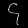
Digit: ၄